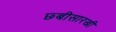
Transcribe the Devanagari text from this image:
छ्बीसारखी